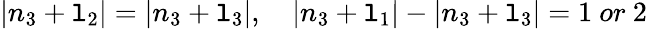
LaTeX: |n_{3}+\mathtt{l}_{2}|=|n_{3}+\mathtt{l}_{3}|,\ \ \ \ |n_{3}+\mathtt{l}_{1}|-|n_{3}+\mathtt{l}_{3}|=1\ or\ 2